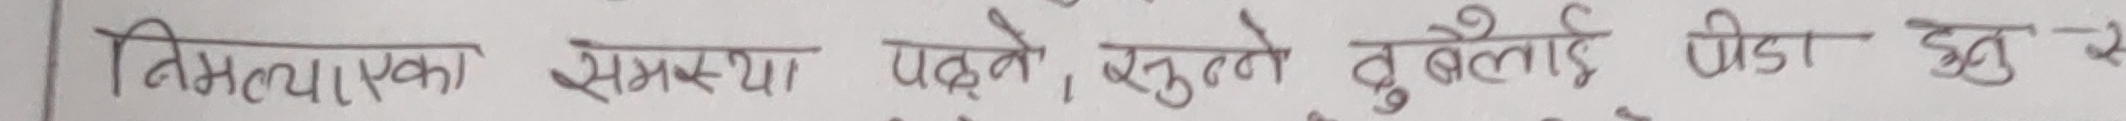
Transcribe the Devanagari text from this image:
निमित्तया एका समस्या पढ्ने, सुत्ने, दुखाई पीडा हुनु खे